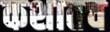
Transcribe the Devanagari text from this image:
कशातच